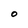
Character: O